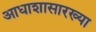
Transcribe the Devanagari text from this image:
आधाशासारख्या